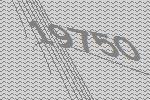
19750